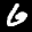
Label: 6